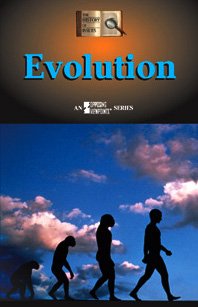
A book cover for Evolution (History of Issues); Don Nardo; Teen & Young Adult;